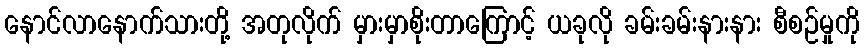
နောင်လာနောက်သားတို့ အတုလိုက် မှားမှာစိုးတာကြောင့် ယခုလို ခမ်းခမ်းနားနား စီစဉ်မှုကို